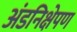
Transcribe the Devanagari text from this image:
अंडनिक्षेपण